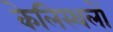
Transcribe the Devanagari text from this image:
केलिस्थलों